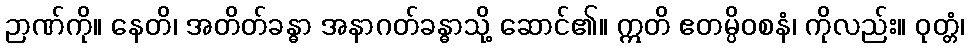
ဉာဏ်ကို။ နေတိ၊ အတိတ်ခန္ဓာ အနာဂတ်ခန္ဓာသို့ ဆောင်၏။ ဣတိ ဧတမ္ပိဝစနံ၊ ကိုလည်း။ ဝုတ္တံ၊